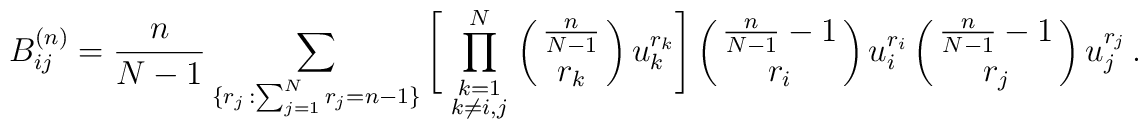
B_{ij}^{(n)} = \frac{n}{N-1} \sum_{ \{ r_j\,: \sum_{j=1}^N r_j= n-1 \} }\Bigg[\prod_{ \scriptstyle k=1 \atop \scriptstyle k\neq i,j}^N\pmatrix{ \frac{n}{N-1} \cr r_k } u_k^{r_k}\Bigg]\pmatrix{ \frac{n}{N-1} -1 \cr r_i } u_i^{r_i}\pmatrix{ \frac{n}{N-1} -1 \cr r_j } u_j^{r_j}\,.